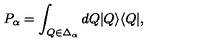
P _ { \alpha } = \int _ { Q \in \Delta _ { \alpha } } d Q | Q \rangle \langle Q | ,